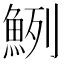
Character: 𩶽